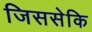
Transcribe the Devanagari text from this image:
जिससेकि